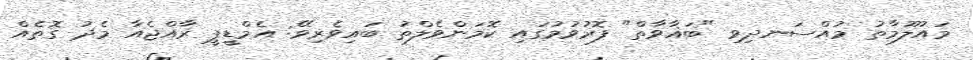
މައުލޫމާތު މުއްސަނދިވި "ބަޣާވާތް" ފޮރުވުމުގައި ކޮމަންވެލްތު ބައިވެރިވޭ: އެމްޑީޕީ ރާއްޖެއާ މެދު ގޮތެއް